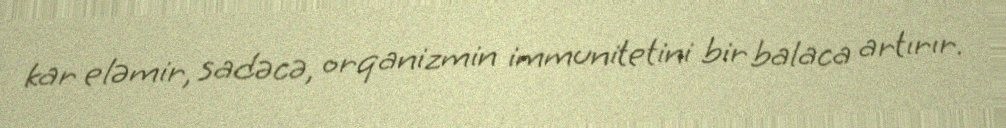
kar eləmir, sadəcə, orqanizmin immunitetini bir balaca artırır.